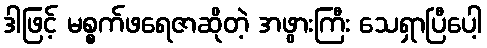
ဒါဖြင့် မစ္စက်ဖရေဇာဆိုတဲ့ အဖွားကြီး သေရှာပြီပေါ့